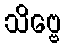
သိဗ္ဗေ